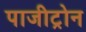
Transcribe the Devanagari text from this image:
पाजीट्रोन